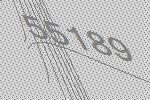
55189